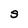
Character: S